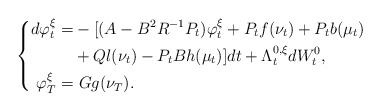
\begin{align*}\left\{\begin{aligned}d\varphi_t^\xi=&-[(A-B^2R^{-1}P_t)\varphi_t^\xi+P_tf(\nu_t)+P_tb(\mu_t)\\&+Ql(\nu_t)-P_tBh(\mu_t)]dt+\Lambda_t^{0,\xi}dW^0_t,\\\varphi_T^\xi=&~Gg(\nu_T).\end{aligned}\right.\end{align*}